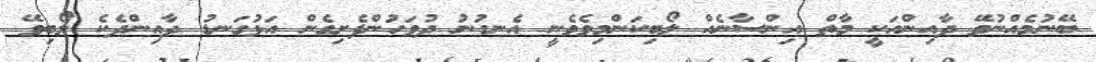
ބޭނުމެއްނުވޭ ދާއިންއަކީ މާތް އިންސާނެއް ލޯބިކަންމިވެވެނީ އެނގުނު ދުވަހުންފެށިގެން އަޅުގަނޑު ދާއިންދެކެ ލޯބިވޭ